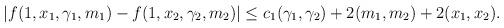
LaTeX: \begin{align*}|f(1,x_1,\gamma_1,m_1)- f(1,x_2,\gamma_2,m_2)|& \leq c_1 (\gamma_1,\gamma_2) + 2 (m_1, m_2) + 2(x_1, x_2). \end{align*}